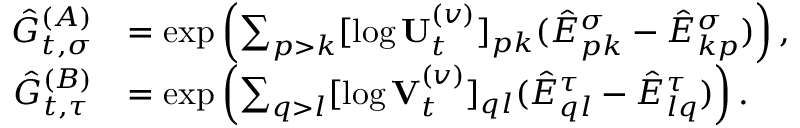
\begin{array} { r l } { \hat { G } _ { t , \sigma } ^ { ( A ) } } & { = \exp \left( \sum _ { p > k } [ \log \mathbf { U } _ { t } ^ { ( v ) } ] _ { p k } ( \hat { E } _ { p k } ^ { \sigma } - \hat { E } _ { k p } ^ { \sigma } ) \right) , } \\ { \hat { G } _ { t , \tau } ^ { ( B ) } } & { = \exp \left( \sum _ { q > l } [ \log \mathbf { V } _ { t } ^ { ( v ) } ] _ { q l } ( \hat { E } _ { q l } ^ { \tau } - \hat { E } _ { l q } ^ { \tau } ) \right) . } \end{array}